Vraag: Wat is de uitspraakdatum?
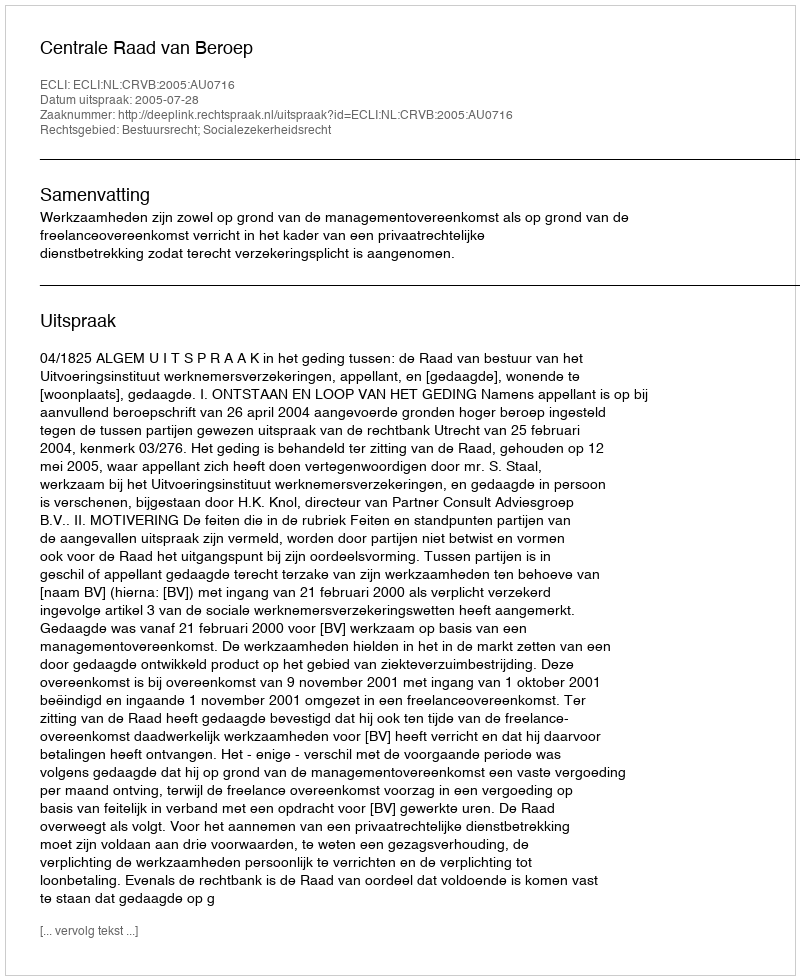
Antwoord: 2005-07-28